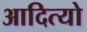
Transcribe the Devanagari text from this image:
आदित्यो